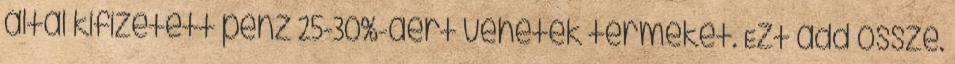
által kifizetett pénz 25-30%-áért vehetek terméket. Ezt add össze.